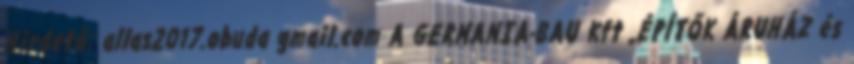
Hirdető: allas2017.obuda gmail.com A GERMANIA-BAU Kft „ÉPÍTŐK ÁRUHÁZ és